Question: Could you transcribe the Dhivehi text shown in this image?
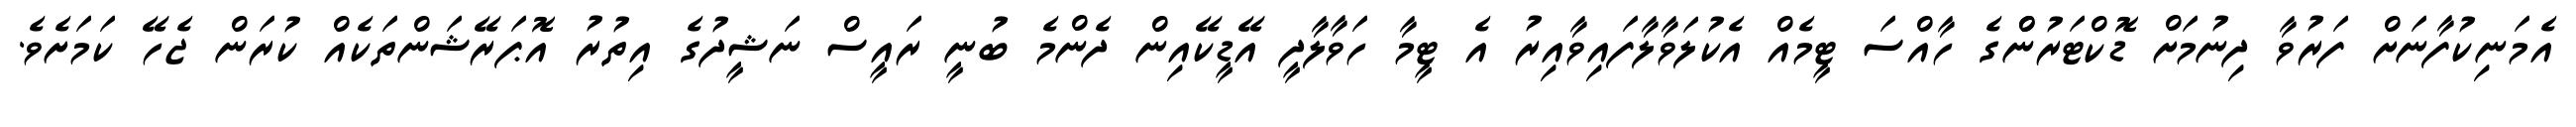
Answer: އެމަނިކުފާނަށް ފަރުވާ ދިނުމަށް ޑޮކްޓަރުންްގެ ހާއްސަ ޓީމެއް އެކުލަވާލާފައިވާއިރު އެ ޓީމާ ހަވާލާދީ އޭޑީކޭއިން ދެންމެ ބުނީ ރައީސް ނަޝީދުގެ އިތުރު އޮޕަރޭޝަންތަކެއް ކުރަން ޖެހޭ ކަމަށެވެ.